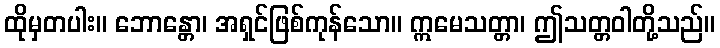
ထိုမှတပါး။ ဘောန္တော၊ အရှင်ဖြစ်ကုန်သော။ ဣမေသတ္တာ၊ ဤသတ္တဝါတို့သည်။